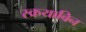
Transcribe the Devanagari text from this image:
स्क्रयाबिन